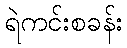
ရဲကင်းစခန်း